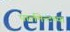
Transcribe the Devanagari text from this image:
पार्लमेन्टच्या